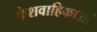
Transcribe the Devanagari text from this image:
केशवाहिकाओं